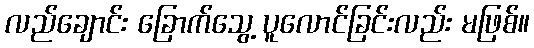
လည်ချောင်း ခြောက်သွေ့ ပူလောင်ခြင်းလည်း မဖြစ်။